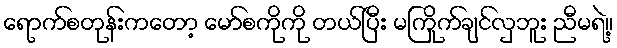
ရောက်စတုန်းကတော့ မော်စကိုကို တယ်ပြီး မကြိုက်ချင်လှဘူး ညီမရဲ့။